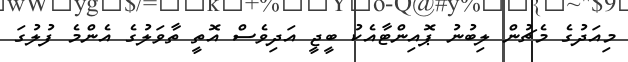
މިއަދުގެ މެޗުން ލިބުނު ޕޮއިންޓާއެކު ބީޖީ އަދިވެސް އޮތީ ތާވަލުގެ އެންމެ ފުލުގަ